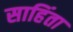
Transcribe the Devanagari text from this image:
साहिंता